Annual administration and progress report of the Indian Medical Department, Bombay
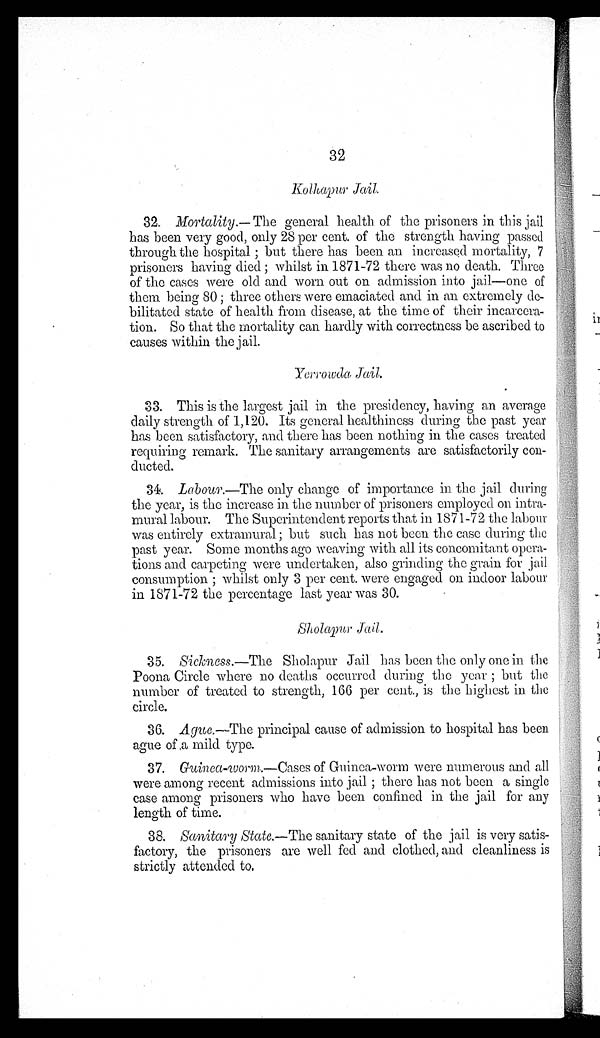
32
Kolhapur Jail.
32. Mortality.—The general health of the prisoners in this jail
has been very good, only 28 per cent. of the strength having passed
through the hospital; but there has been an increased mortality, 7
prisoners having died; whilst in 1871-72 there was no death. Three
of the cases were old and worn out on admission into jail—one of
them being 80; three others were emaciated and in an extremely de
-
bilitated state of health from disease, at the time of their incarcera
-
tion. So that the mortality can hardly with correctness be ascribed to
causes within the jail.
33. This is the largest jail in the presidency, having an average
daily strength of 1,120. Its general healthiness during the past year
has been satisfactory, and there has been nothing in the cases treated
requiring remark. The sanitary arrangements are satisfactorily con
- d u c t e d .
34. Labour.—The only change of importance in the jail during
the year, is the increase in the number of prisoners employed on intra
-
mural labour. The Superintendent reports that in 1871-72 the labour
was entirely extramural; but such has not been the case during the
past year. Some months ago weaving with all its concomitant opera
-
tions and carpeting were undertaken, also grinding the grain for jail
consumption; whilst only 3 per cent. were engaged on indoor labour
in 1871-72 the percentage last year was 30.
Sholapur Jail.
35. Sickness.—The Sholapur Jail has been the only one in the
Poona Circle where no deaths occurred during the year; but the
number of treated to strength, 166 per cent., is the highest in the
circle.
36. Ague.—The principal cause of admission to hospital has been
ague of a mild type.
37. Guinea-worm.—Cases of Guinea-worm were numerous and all
were among recent admissions into jail; there has not been a single
case among prisoners who have been confined in the jail for any
length of time.
38. Sanitary State.—The sanitary state of the jail is very satis
-
factory, the prisoners are well fed and clothed, and cleanliness is
strictly attended to.